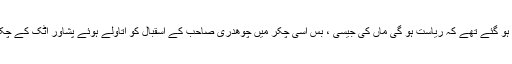
ہم لوگ دیوانے ہو گئے تھے کہ ریاست ہو گی ماں کی جیسی ، بس اسی چکر میں چوھدری صاحب کے اسقبال کو اتاولے ہوئے پشاور اٹک کے چکر لگاتے رہے۔